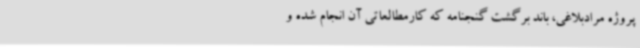
پروژه مرادبلاغی، باند برگشت گنجنامه که کارمطالعاتی آن انجام شده و